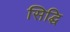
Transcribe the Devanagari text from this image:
सिद्घि